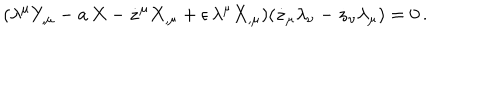
( \lambda ^ { \mu } Y _ { , \mu } - a \, X - \dot { z } ^ { \mu } X _ { , \mu } + \epsilon \, \lambda ^ { \mu } X _ { , \mu } ) ( \dot { z } _ { \mu } \lambda _ { \nu } - \dot { z } _ { \nu } \lambda _ { \mu } ) = 0 \, .